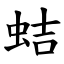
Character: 蛣